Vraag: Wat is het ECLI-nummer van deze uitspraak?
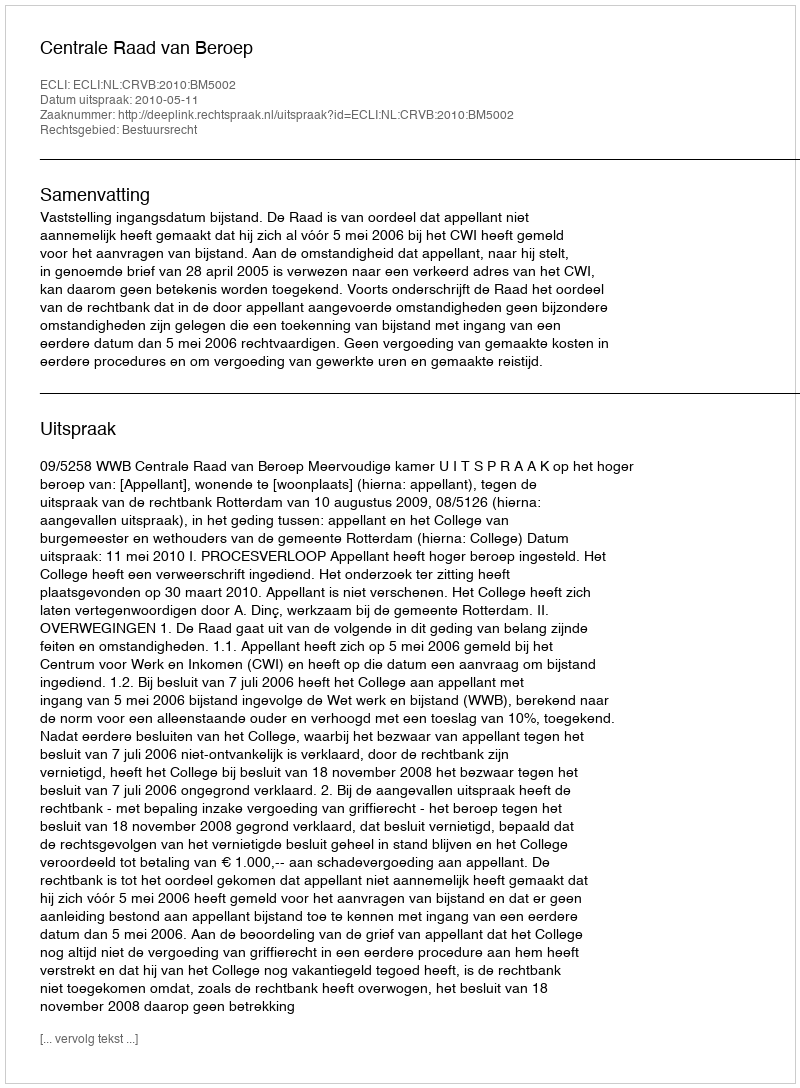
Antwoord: ECLI:NL:CRVB:2010:BM5002